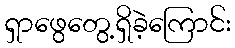
ရှာဖွေတွေ့ရှိခဲ့ကြောင်း